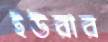
ইউরার